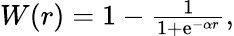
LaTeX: \begin{array}{r}{W(r)=1-\frac{1}{1+\mathrm{e}^{-\alpha r}},}\end{array}